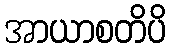
အာယာစတိပိ